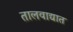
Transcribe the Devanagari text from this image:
तालवाद्यात